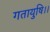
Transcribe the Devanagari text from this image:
गतायुषि।।